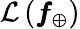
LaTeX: \mathcal{L}\left(\pmb{f}_{\oplus}\right)